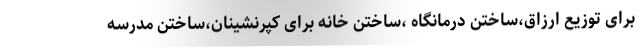
برای توزیع ارزاق،ساختن درمانگاه ،ساختن خانه برای کپرنشینان،ساختن مدرسه